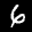
Label: 6